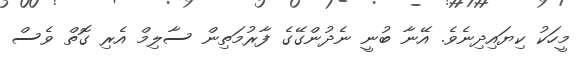
މީހަކު ކިޔައިދިނެވެ. އޭނާ ބުނީ ނެދުންގޭގެ ފާރުމަތިން ސާލިމް އެރި ގޮތް ވެސް